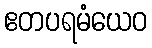
ဧတပရမံယေဝ